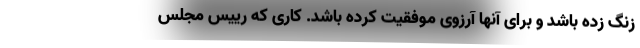
زنگ زده باشد و برای آنها آرزوی موفقیت کرده باشد. کاری که رییس مجلس